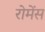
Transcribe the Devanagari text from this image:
रोमेंस